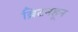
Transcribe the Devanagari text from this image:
ब्रिटनहून